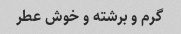
گرم و برشته و خوش عطر